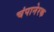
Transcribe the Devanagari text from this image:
चंपानेरक